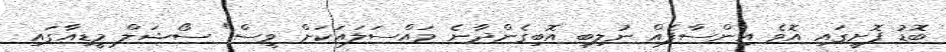
ބޮޑު ފޮށީގައި އޮވެ އިންސާފެއް ނުލިބި އޮބިގެންދާނެ މައްސަލައަކަށް ވީސް" ސޯޝަލް މީޑިއާގައި